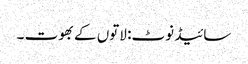
سائیڈ نوٹ: لاتوں کے بھوت ۔